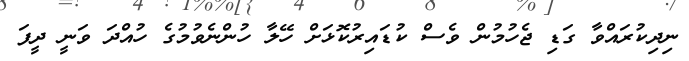
ނިދިކުރައްވާ ގަޑި ޖެހުމުން ވެސް ކުޑައިރުކޮޅަށް ހޭލާ ހުންނެވުމުގެ ހުއްދަ ވަނީ ދީފަ